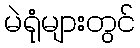
မဲရုံများတွင်